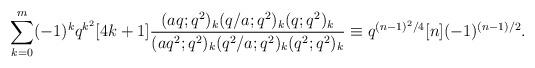
LaTeX: \begin{align*}\sum_{k=0}^{m}(-1)^k q^{k^2}[4k+1]\frac{(aq;q^2)_k(q/a;q^2)_k(q;q^2)_k}{(aq^2;q^2)_k(q^2/a;q^2)_k(q^2;q^2)_k}\equiv q^{(n-1)^2/4}[n] (-1)^{(n-1)/2}.\end{align*}